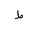
Letter: _da